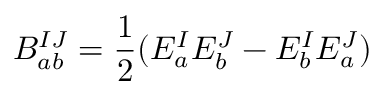
B _ { a b } ^ { I J } = { \frac { 1 } { 2 } } ( E _ { a } ^ { I } E _ { b } ^ { J } - E _ { b } ^ { I } E _ { a } ^ { J } )